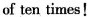
of ten times!